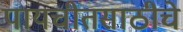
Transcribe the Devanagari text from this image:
पायचीतसाठीचे